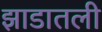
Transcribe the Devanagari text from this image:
झाडातली